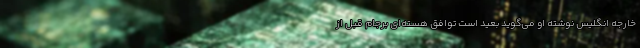
خارجه انگلیس نوشته او می‌گوید بعید است توافق هسته‌ای برجام قبل از